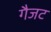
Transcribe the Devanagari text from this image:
गैजट